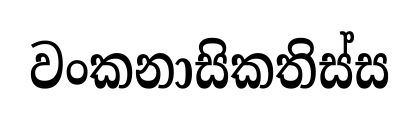
වංකනාසිකතිස්ස